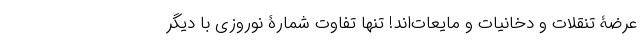
عرضۀ تنقلات و دخانیات و مایعات‌اند! تنها تفاوت شمارۀ نوروزی با دیگر